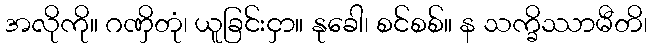
အလိုကို။ ဂဏှိတုံ၊ ယူခြင်းငှာ။ နုခေါ၊ စင်စစ်။ န သက္ခိဿာမီတိ၊